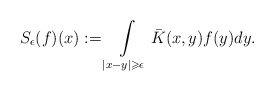
\begin{align*}S_{\epsilon}(f)(x):= \int\limits_{|x-y|\geqslant\epsilon}\bar{K}(x,y)f(y) dy.\end{align*}